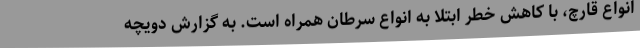
انواع قارچ، با کاهش خطر ابتلا به انواع سرطان همراه است. به گزارش دویچه